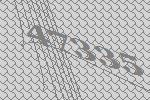
47335